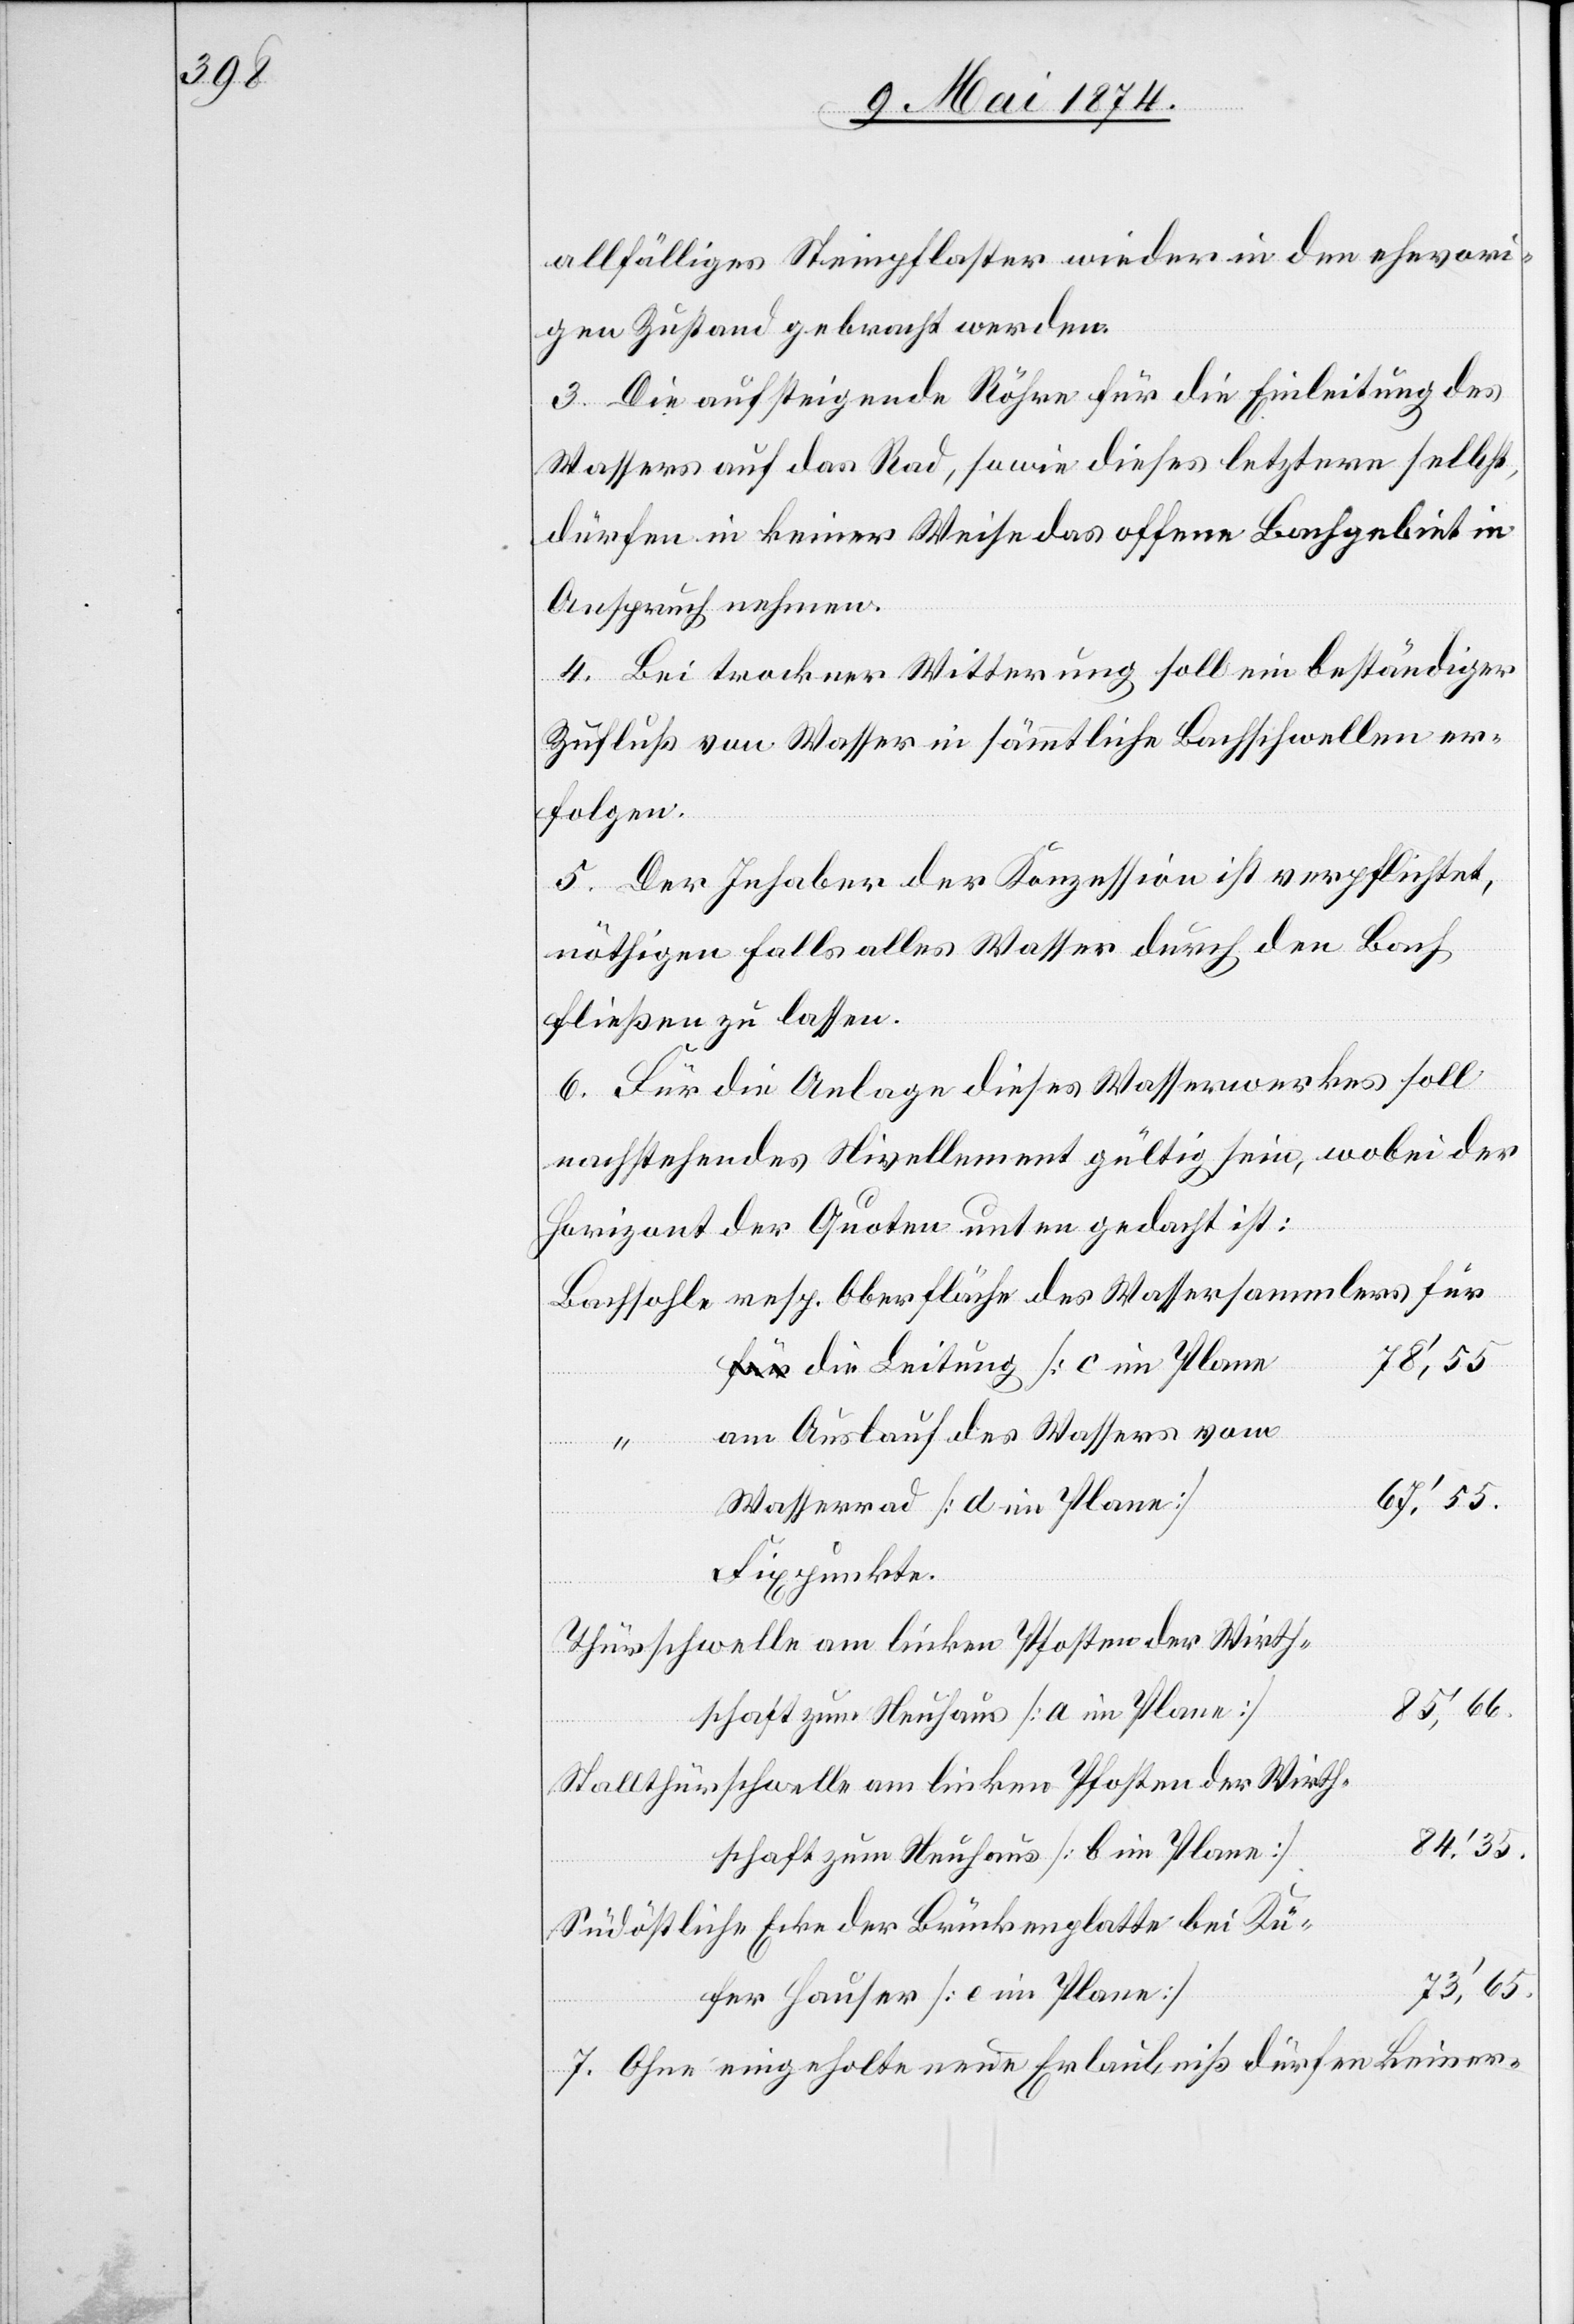
allfälliges Steinpflaster wieder in den ehevori¬
gen Zustand gebracht werden.
3. Die aufsteigende Röhre für die Einleitung des
Wassers auf das Rad, sowie dieses letztere selbst,
dürfen in keiner Weise das offene Bachgebiet in
Anspruch nehmen.
4. Bei trockener Witterung soll ein beständiger
Zufluß von Wasser in sämmtliche Bachschwellen er¬
folgen.
5. Der Inhaber der Konzession ist verpflichtet,
nöthigen Falls alles Wasser durch den Bach
fließen zu lassen.
6. Für die Anlage dieses Wasserwerkes soll
nachstehendes Nivellement gültig sein, wobei der
Horizont der Quoten unten gedacht ist.
78‘,55
für die Leitung [c im Plane]
am Auslauf des Wassers vom
am linken
“
bei Kü¬
Wasserrad [d im Plane]
Fixpunkte.
85‘,66.
hschaft zum Neuhaus [a im Plane]
84‘,35.
schaft zum Neuhaus [b im Plane]
73‘,65.
fer Hauser [e im Plane]
7. Ohne eingeholte neue Erlaubniß dürfen keiner-